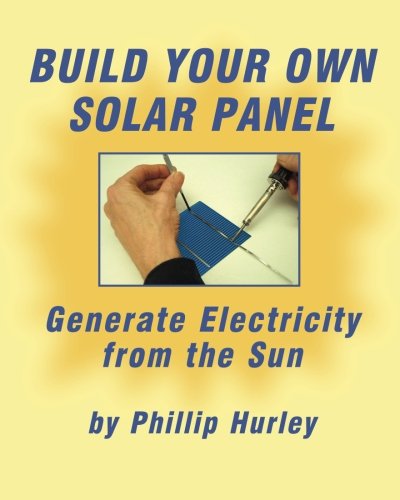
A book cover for Build Your Own Solar Panel: Generate Electricity from the Sun.; Phillip Hurley; Science & Math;